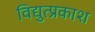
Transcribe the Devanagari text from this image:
विद्युत्प्रकाश